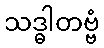
သဒ္ဓါတဗ္ဗံ